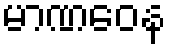
မာဏဝေန